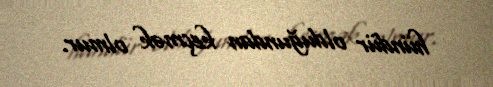
hündür olduğundan keçmək olmur.